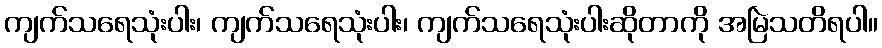
ကျက်သရေသုံးပါး၊ ကျက်သရေသုံးပါး၊ ကျက်သရေသုံးပါးဆိုတာကို အမြဲသတိရပါ။